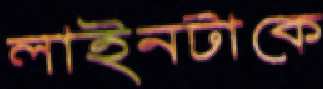
লাইনটাকে